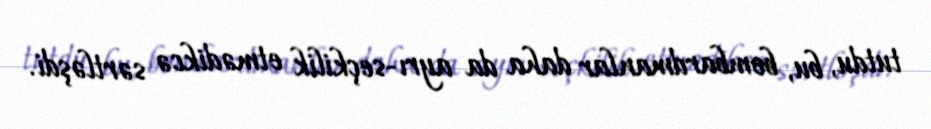
tutdu, bu, bombardmanlar daha da ayrı-seçkilik etmədikcə sərtləşdi.